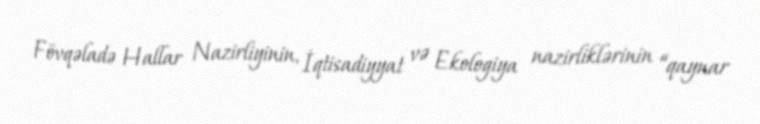
Fövqəladə Hallar Nazirliyinin, İqtisadiyyat və Ekologiya nazirliklərinin “qaynar